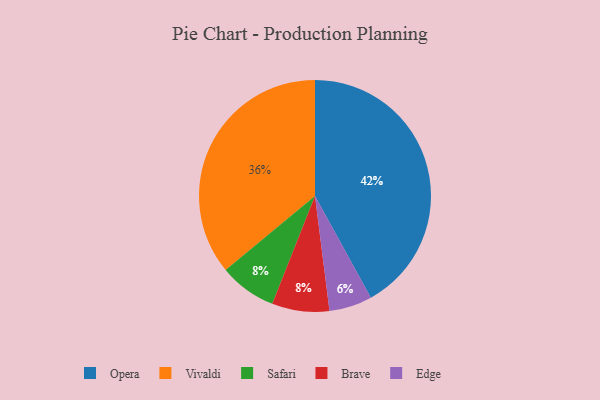
{"axis": {"x": "Category", "y": "Percentage"}, "legend": ["Brave", "Edge", "Opera", "Safari", "Vivaldi"], "data": [{"x": "Vivaldi", "y": 36, "type": "Vivaldi"}, {"x": "Safari", "y": 8, "type": "Safari"}, {"x": "Opera", "y": 42, "type": "Opera"}, {"x": "Brave", "y": 8, "type": "Brave"}, {"x": "Edge", "y": 6, "type": "Edge"}]}